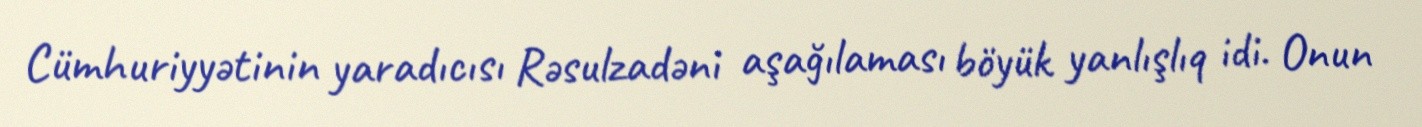
Cümhuriyyətinin yaradıcısı Rəsulzadəni aşağılaması böyük yanlışlıq idi. Onun